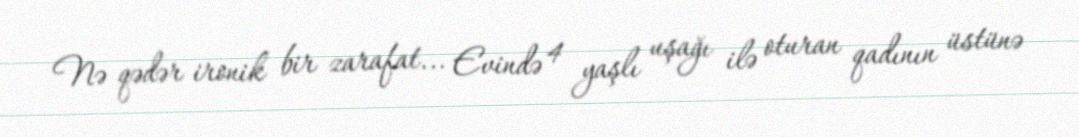
Nə qədər ironik bir zarafat... Evində 4 yaşlı uşağı ilə oturan qadının üstünə